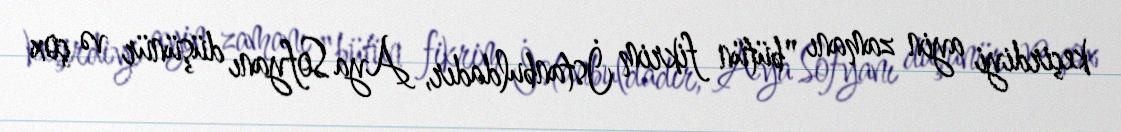
keçirdiyi ayin zamanı "bütün fikrim İstanbuldadır, Aya Sofyanı düşünür və çox